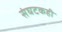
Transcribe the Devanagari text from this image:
संघटकही